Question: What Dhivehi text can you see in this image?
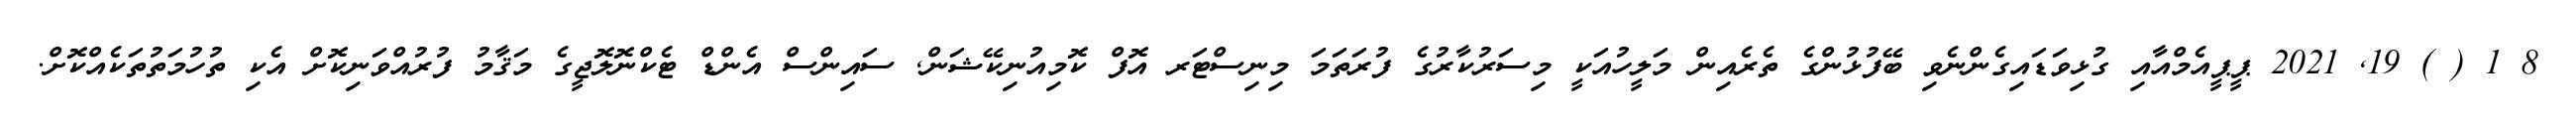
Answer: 8 1 ( ) 19, 2021 ޕީޕީއެމްއާއި ގުޅިވަޑައިގެންނެވި ބޭފުޅުންގެ ތެރެއިން މަލީހުއަކީ މިސަރުކާރުގެ ފުރަތަމަ މިނިސްޓަރ އޮފް ކޮމިއުނިކޭޝަން, ސައިންސް އެންޑް ޓެކްނޮލޮޖީގެ މަޤާމު ފުރުއްވަނިކޮށް އެކި ތުހުމަތުތަކެއްކޮށް.